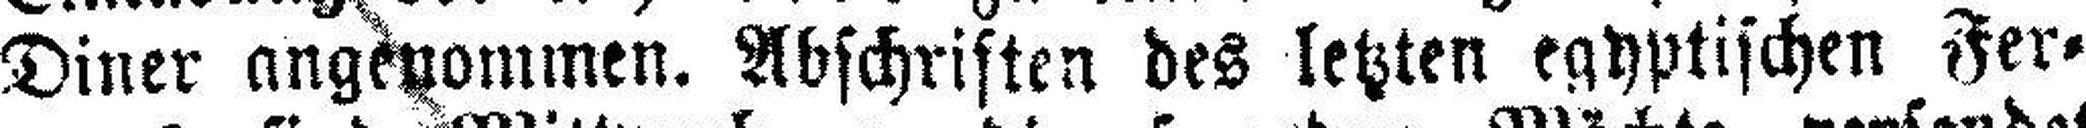
Diner angenommen. Abschriften des letzten egyptischen Fer¬